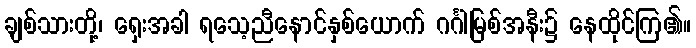
ချစ်သားတို့၊ ရှေးအခါ ရသေ့ညီနောင်နှစ်ယောက် ဂင်္ဂါမြစ်အနီး၌ နေထိုင်ကြ၏။